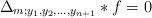
LaTeX: \begin{align*} \Delta_{m; y_{1}, y_2,\ldots, y_{n+1}}\ast f=0\end{align*}